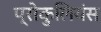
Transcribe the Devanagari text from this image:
प्रोकुलियंस